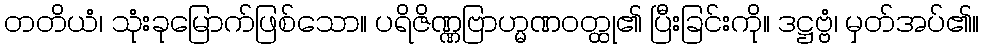
တတိယံ၊ သုံးခုမြောက်ဖြစ်သော။ ပရိဇိဏ္ဏဗြာဟ္မဏဝတ္ထု၏ ပြီးခြင်းကို။ ဒဋ္ဌဗ္ဗံ၊ မှတ်အပ်၏။